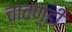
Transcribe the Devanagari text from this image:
चावण़्डी